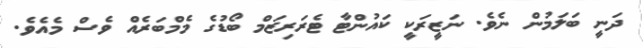
ދަނީ ބަލަމުން ނެވެ. ނަޒީރަކީ ކައުންޓާ ޓެރަރިޒަމް ބޯޑުގެ މެމްބަރެއް ވެސް މެއެވެ.